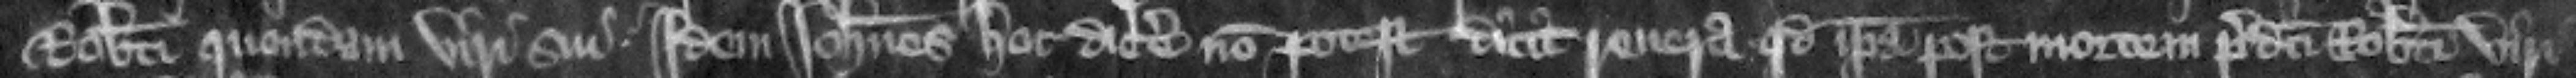
Roberti quondam viri sui idem Iohannes hoc dicere non potest. Dicit reuera quod ipsa post mortem predicti Robert viri